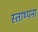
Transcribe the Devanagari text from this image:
स्ताथ्पना